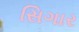
સિગાર